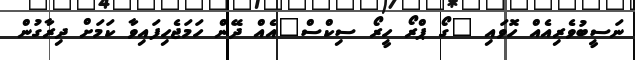
ނަސީބުވެރިއެއް ހޮވައި "ގޯ ޕްރޯ ހީރޯ ސިކްސް"އެއް ދޭން ހަމަޖެހިފައިވާ ކަމަށް ދިރާގުން